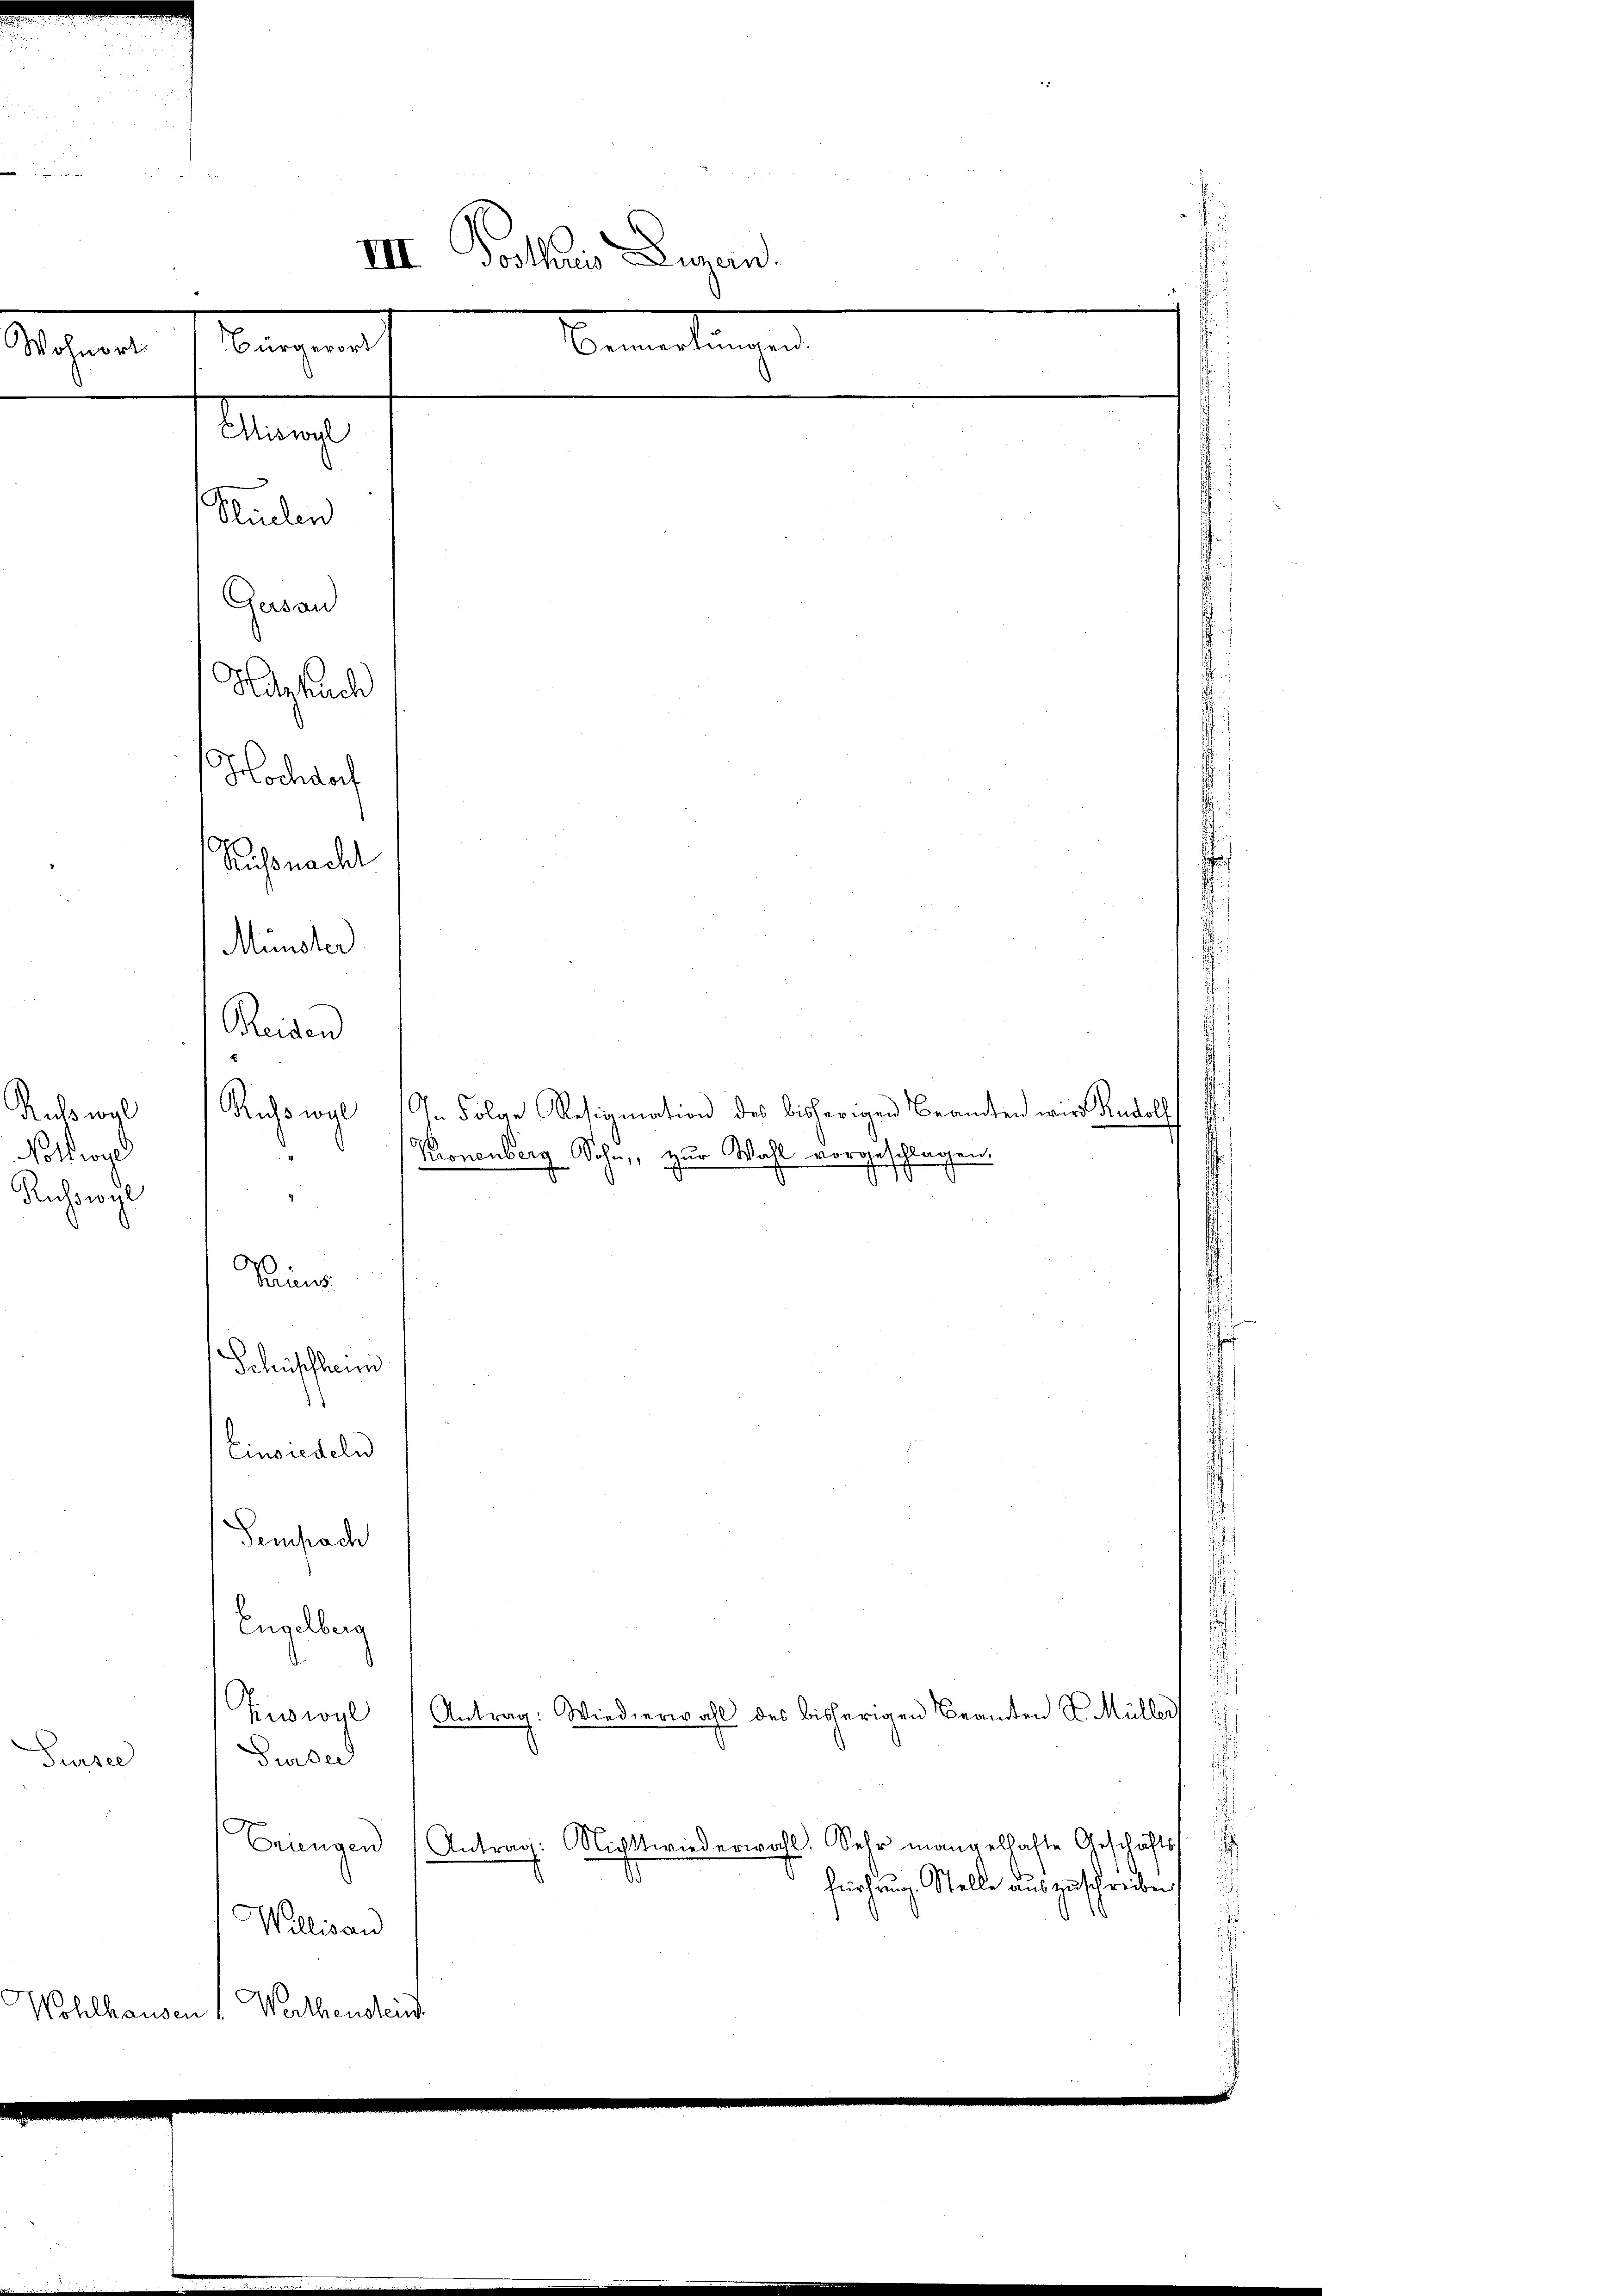
Ruswal
Notwend
Ruswyl

d
nde
III Posthaus Luzern.
Bemerkungen
Bürgerort
Wohnort

Man
Stielen

Gersand
Haghuch
Hochdorf
Russnacht
Münster
Reiden

6
Sins

Schüpfheim
)
Einsiedeln

Ruswyl (I. Folge Resignation des bisherigen Beamten wird Rudolf
Kronenberg Sohn, zur Wahl vorgeschlagen.

Sempach
Engelberg
Zuwyl (Antrag: Wiederwahl des bisherigen Beamten S. Müller
Gurer
Gurre
Eriengen
Antrag: Nichttwiederwahl. Sehr mangelhafte Geschäfts
fürhang. Stelle auszuschreiben
Wallisau
Wohlhausen Werthendend